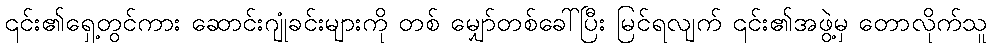
၎င်း၏ရှေ့တွင်ကား ဆောင်းဂျုံခင်းများကို တစ် မျှော်တစ်ခေါ်ပြီး မြင်ရလျက် ၎င်း၏အဖွဲ့မှ တောလိုက်သူ